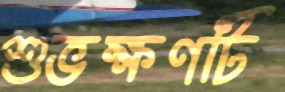
শুভক্ষণটি